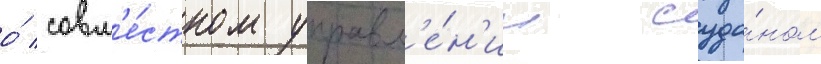
о́ совм'е́стном управл'е́н'ии суда́ном